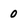
Character: 0